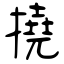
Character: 撓